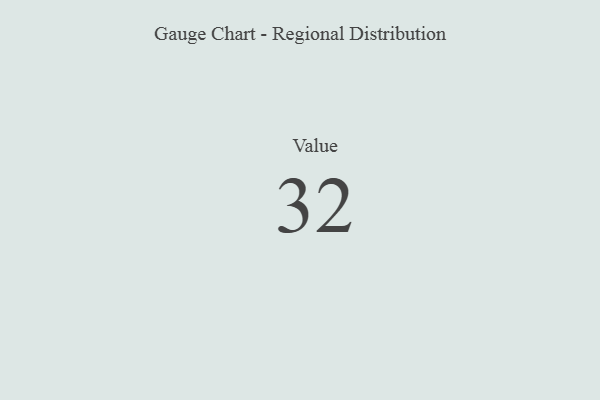
{"axis": {"x": "Metric", "y": "Value"}, "legend": [""], "data": [{"x": "Value", "y": 32, "type": ""}]}